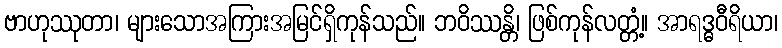
ဗာဟုဿုတာ၊ များသောအကြားအမြင်ရှိကုန်သည်။ ဘဝိဿန္တိ၊ ဖြစ်ကုန်လတ္တံ့။ အာရဒ္ဓဝီရိယာ၊